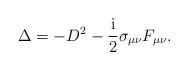
LaTeX: \begin{align*}\Delta =-D^2-\frac{{\rm i}}2\sigma _{\mu \nu }F_{\mu \nu }.\end{align*}